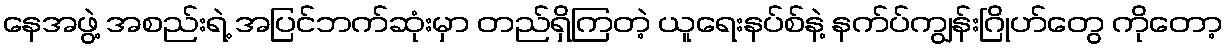
နေအဖွဲ့ အစည်းရဲ့ အပြင်ဘက်ဆုံးမှာ တည်ရှိကြတဲ့ ယူရေးနပ်စ်နဲ့ နက်ပ်ကျွန်းဂြိုဟ်တွေ ကိုတော့